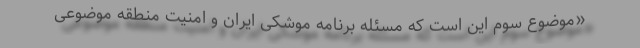
«موضوع سوم این است که مسئله برنامه موشکی ایران و امنیت منطقه موضوعی